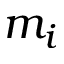
m _ { i }